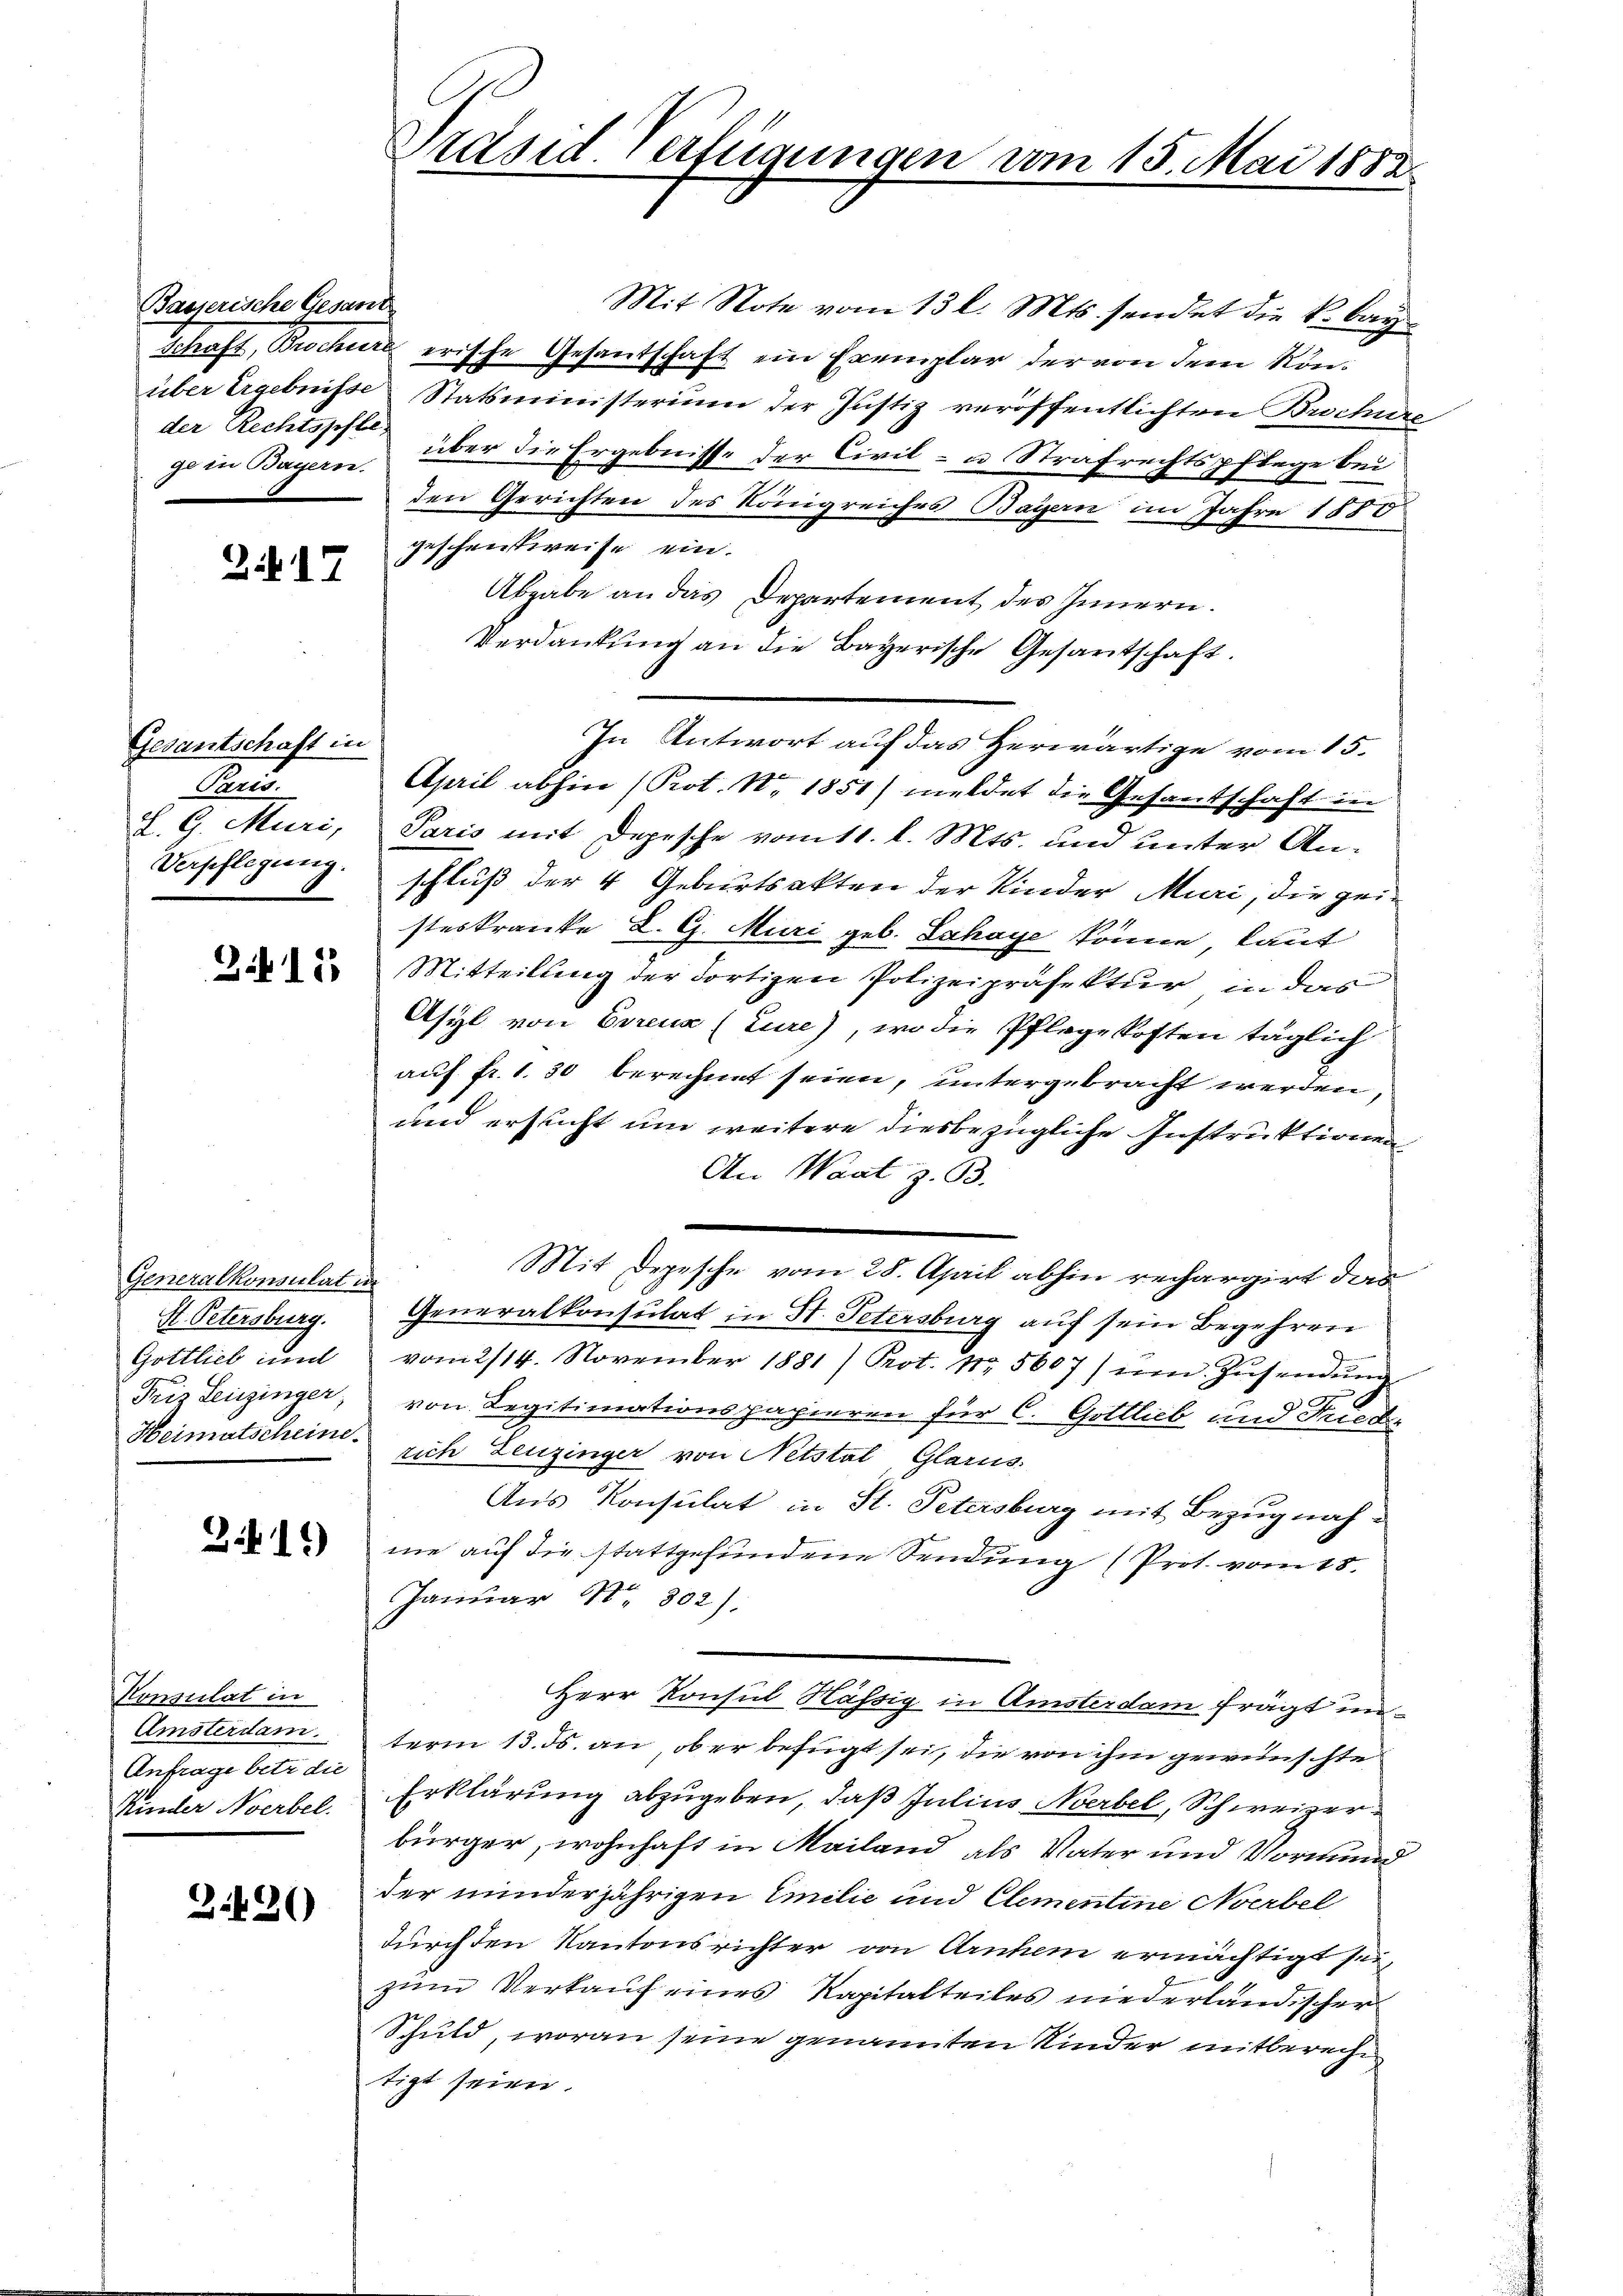
Basserische Gesand
der Rechtspfle

Z.17

Gesantschaft in
Paris.
Z. G. Muri,
Verpflegung.

3.415

Generalkonsulat in
H. Petersburg.
Gottlieb imm
Friz Leuzinger,

319)

Konsulat in
Amsterdam.
Anfrage betr die
Kinder Noerbel.

3.420

Mit Note vom 13 l. Mts. sendet die k. bay¬
Schaft, Brochüre erische Gesantschaft ein Exemplar der von dem Könüber Ergebnisse Statsministerium der Justiz veröffentlichten Brochüre
je in Bayern, über die Ergebnisse der Civil- u Strafrechtspflege bei
den Gerichten des Königreiches Bayern im Jahre 1880
geschentweise ein.
Abgabe an das Departement des Innern.
Verdankung an die Bayerische Gesamtschaft.
April abhin (Prot. N. 1851) meldet die Gesantschaft in
Paris mit Depesche vom 11. l. Mts. und unter Anschluß der 4 Geburtsakten der Kinder Muri, die geisteskranke L. G. Muri geb. Lahaye könne, laut
Mitteilung der dortigen Polizeipräsektur, in das
Asyl von Eurenz (Lure), wo die Pflegekosten täglich
auf fr. 1. 30 berechnet seien, untergebracht werden,
und ersucht um weitere diesbezügliche Instruktionen
An Waat z. B.
Mit Depesche vom 28. April abhin rechargirt das
Generalkonsulat in St. Petersburg auf sein Begehren
vom 2/14. November 1881/ Prot. Nr. 5607) ŭm Zŭsendŭng
von Legitimationspapieren für C. Gottlieb und Frieder
Heimatscheine rich Leuzinger von Netstal, Glarus.
Aus Konsulat in St. Petersburg mit Bezugnahme auf die stattgefundene Sendung (Prot. vom 18.
Januar 1302).
Herr Konsul Hässig in Amsterdam frägt unterm 13. ds. an ober befügt sei, die von ihm gewünschte
Erklärung abzugeben, daß Julius Noerbel, Schweizerbürger, wohnhaft in Mailand als Vater und Vormund
der minderjährigen Emilie und Clementine Averbel
durch den Kantonsrichter von Arnhem ermächtigt sei,
zum Verkauf eines Kapitalteiles niederländischer
Schuld, woran seine genannten Kinder mitbereche
tigt seien.

Präsid Verfügungen vom 15. Mai 1882

In Antwort auf das Herwärtige vom 15.